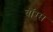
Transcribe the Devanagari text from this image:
बॉग्स